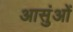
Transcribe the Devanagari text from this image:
आसुंओं